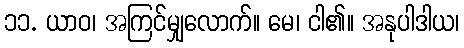
၁၁. ယာဝ၊ အကြင်မျှလောက်။ မေ၊ ငါ၏။ အနုပါဒါယ၊